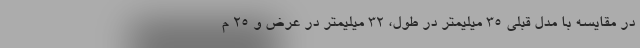
در مقایسه با مدل قبلی 35 میلیمتر در طول، 32 میلیمتر در عرض و 25 م